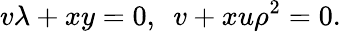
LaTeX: v\lambda+xy=0,~~v+xu\rho^{2}=0.